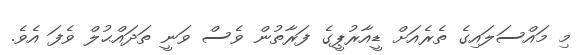
މި މައްސަލައިގެ ތެރެއަށް ޑީއާރުޕީގެ ފަރާތުން ވެސް ވަނީ ތަދައްޙުލް ވެފަ އެވެ.